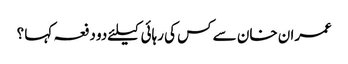
عمران خان سے کس کی رہائی کیلئےدو دفعہ کہا ؟